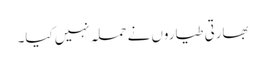
بھارتی طیاروں نے حملہ نہیں کیا۔